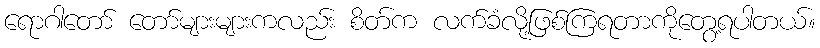
ရောဂါတော် တော်များများကလည်း စိတ်က လက်ခံလို့ဖြစ်ကြရတာကိုတွေ့ရပါတယ်။